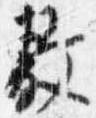
敷